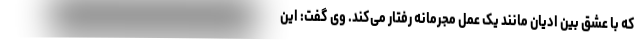
که با عشق بین ادیان مانند یک عمل مجرمانه رفتار می‌کند. وی گفت: این